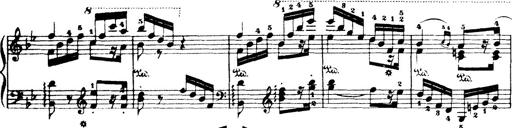
Title: Wagner-Liszt Album
Composer: Franz Liszt